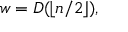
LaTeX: w = D ( \lfloor n / 2 \rfloor ) ,